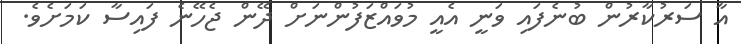
އާ ސަރުކާރުން ބުނެފައި ވަނީ އެއީ މުވައްޒަފުންނަށް ދޭން ޖެހޭނެ ފައިސާ ކަމަށެވެ.